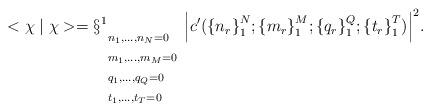
LaTeX: \begin{align*}<\chi\mid\chi>=\S_{\begin{array}{l}{\scriptstyle n_{1},...,n_{N}=0} \\{\scriptstyle m_{1},...,m_{M}=0} \\{\scriptstyle q_{1},...,q_{Q}=0} \\{\scriptstyle t_{1},...,t_{T}=0}\end{array}}^{1}{\left| c'({\{n_{r}\}}^{N}_{1};{\{m_{r}\}}^{M}_{1};{\{q_{r}\}}^{Q}_{1};{\{t_{r}\}}^{T}_{1}) \right|}^{2}.\end{align*}